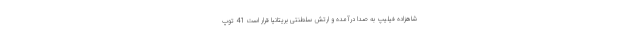
شاهزاده فیلیپ به صدا درآمده و ارتش سلطنتی بریتانیا قرار است 41 توپ